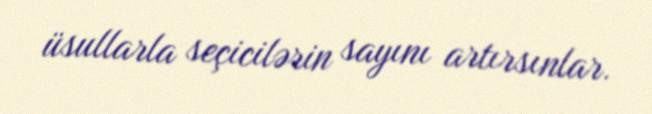
üsullarla seçicilərin sayını artırsınlar.